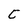
Character: C